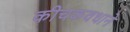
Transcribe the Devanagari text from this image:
कीचकवधाने